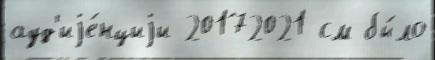
ауд'иjе́нциjи 20172021 см бы́ло